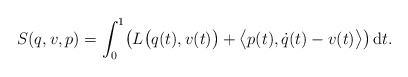
\begin{gather*} S (q, v, p) = \int _0 ^1 \bigl( L \bigl( q (t) , v (t) \bigr) + \bigl\langle p (t) , \dot{q} (t) - v (t) \bigr\rangle \bigr) \,\mathrm{d}t . \end{gather*}